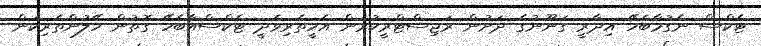
ޓެކްސް ނެގުމާބެހޭ އިދާރީ ގަނޫނުގެ ދަށުން ރަޖިސްޓްރީކުރަން އެހީތެރިވެދީ ޓެކްސްއާބެހޭ ގޮތުން ހޭލުންތެރިކަން